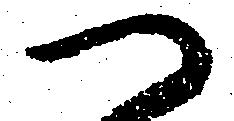
つ